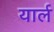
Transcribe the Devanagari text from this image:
यार्ल